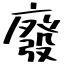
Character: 廢